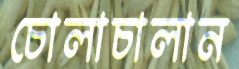
চোলাচালান